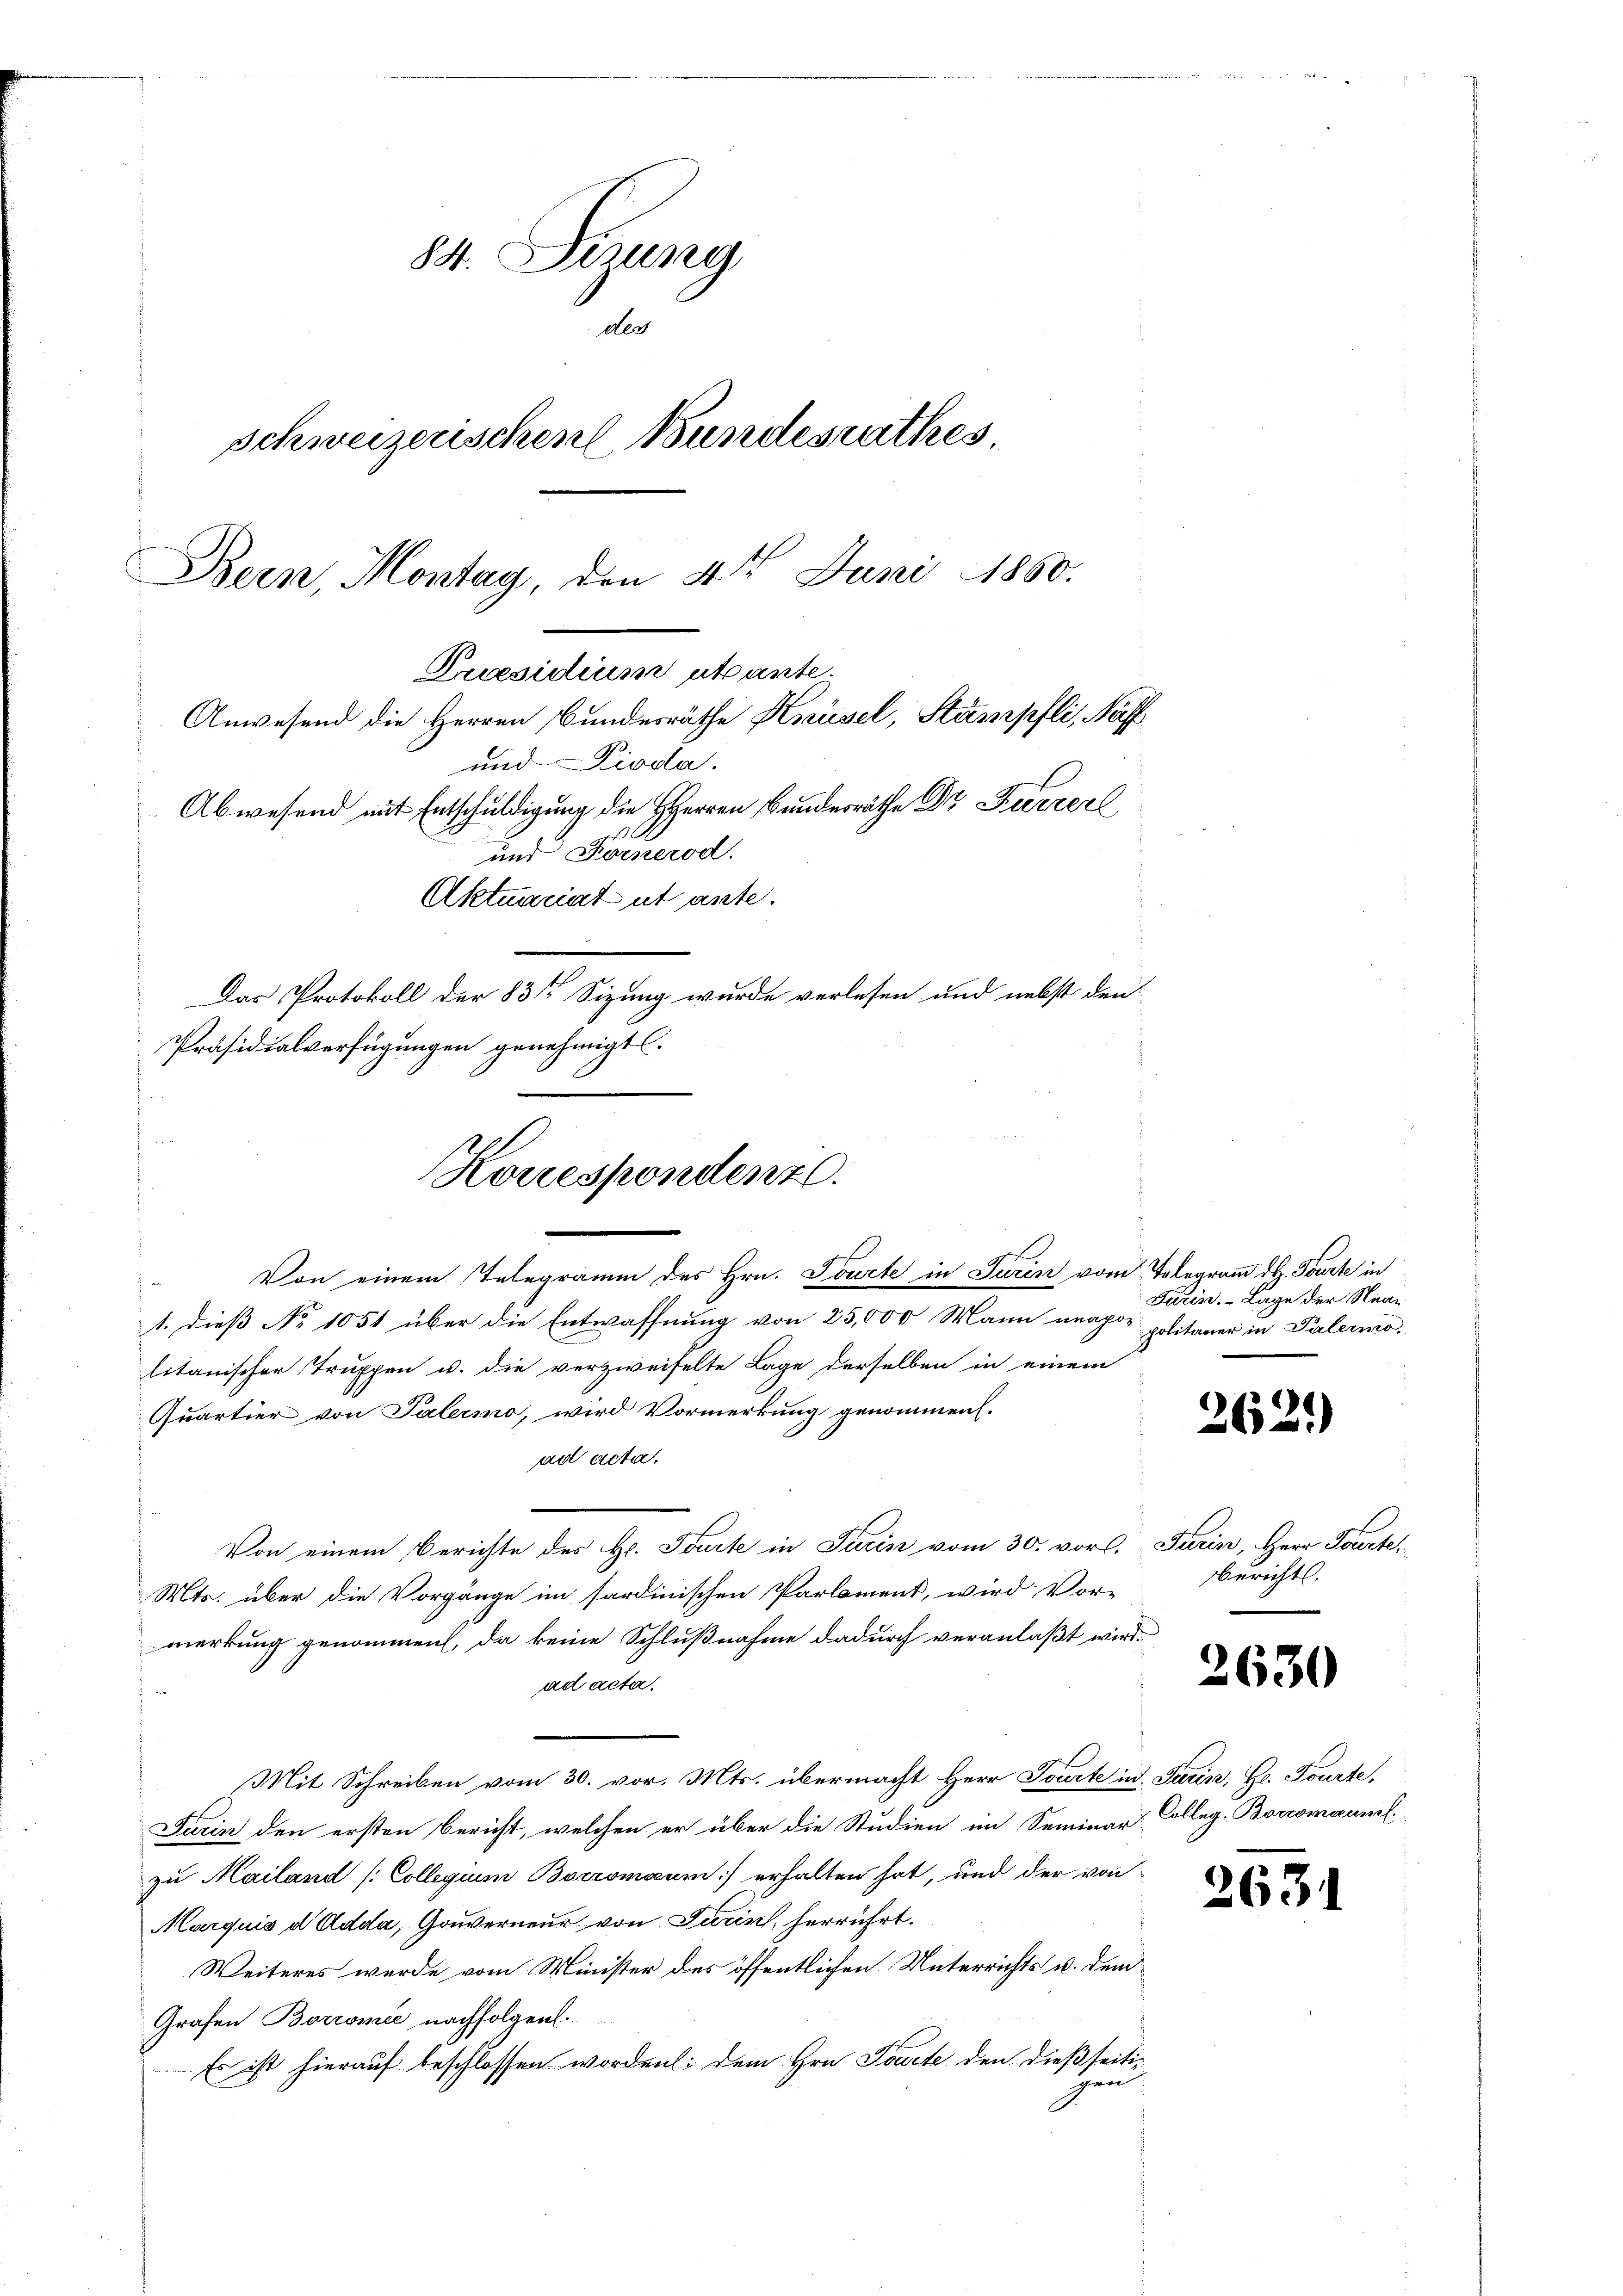
84. Sizung
des
schweizerischen Bundesrathes
Bern, Montag, den 4te͇n Juni 1860.
Praesidium utante.
Anwesend die Herren Bundesräthe Knüsel, Stämpfli, Neff
und Pioda.
Abwesend mit Entschuldigung die HHerren Bundesräthe Dr. Kurzerl
und Fornerod.

Von einem Telegramm des Hrn. Soucte in Turin vom Telegramm d. Tourte in
f
1. dieß No 1051 über die Entwaffnung von 25,000 Mann unapor politaner in Palermo
litanischer Truppen u. die verzweifelte Lage derselben in einem
Quartier von Palermo, wird Vormerkung genommen.
ad acta.
Von einem Berichte des Hr. Tourte in Turin vom 30. vor.  Turin, Herr Fourte
Mts. über die Vorgänge im sardinischen Parlament, wird Vor-
merkung genommen, da keine Schlußnahme dadurch veranlaßt wird.
ad acta.
Mit Schreiben vom 30. vor. Mts. übermacht Herr Jourte in Turin, Hr. Tourte,
Furin den ersten Bericht, welchen er über die Studien im Seminar Colleg. Boromauml
zu Mailand [Collegium Boromaum) erhalten hat, und der von
Marquis d Adda, Gouverneur von Turin, herrührt.
Weiteres wurde vom Minister des öffentlichen Unterrichts- u. dem¬
Grafen Borromie nachfolgen.
Es ist hierauf beschlossen worden; dem Hrn. Tourte den dießseitigen

Aktuariat ut ante.
Das Protokoll der 83te Sizung wurde verlesen und nebst den
Präsidialverfügungen genehmigt.
Korrespondent.

Farin. - Lage der Near¬

2621)

berichts.

2630

2631